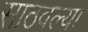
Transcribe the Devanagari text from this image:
साठवल्या